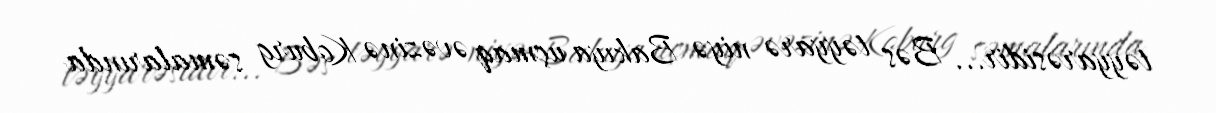
təyyarəsidir... Bəs təyyarə niyə Bakıya uçmaq əvəzinə Koburg səmalarında